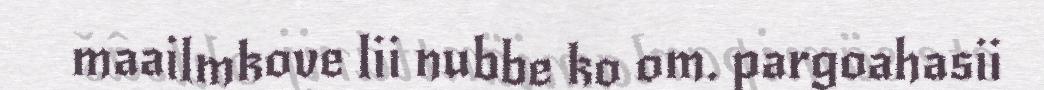
maailmkove lii nubbe ko om. pargoahasii